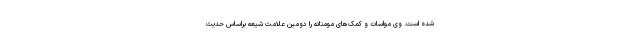
شده است. وی مواسات و کمک‌های مومنانه را دومین علامت شیعه براساس حدیث